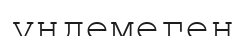
үндемеген